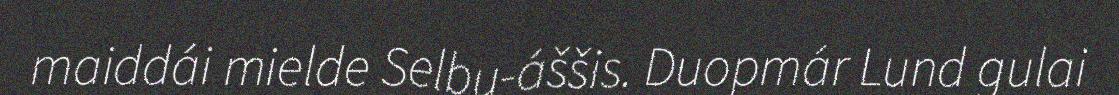
maiddái mielde Selbu-áššis. Duopmár Lund gulai